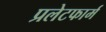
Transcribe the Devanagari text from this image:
प्रलेटफार्म